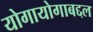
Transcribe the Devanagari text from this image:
योगायोगाबद्दल